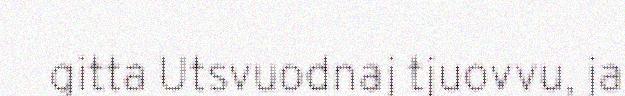
gitta Utsvuodnaj tjuovvu, ja